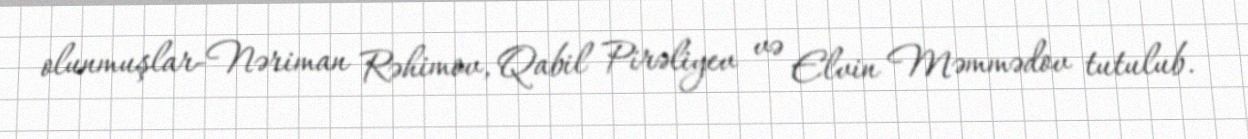
olunmuşlar-Nəriman Rəhimov, Qabil Pirəliyev və Elvin Məmmədov tutulub.